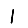
Digit: 1